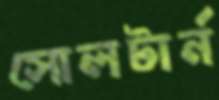
সোলটার্ন